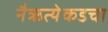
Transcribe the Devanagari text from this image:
नैऋत्येकडचा